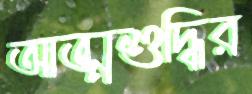
আত্মশুদ্ধির